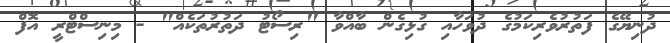
ދުނިޔޭގެ ފަތުރުވެރިކަމުގެ ދުވަހާއި ގުޅިގެން ބާއްވާ "ރިސޯޓު ދަތުރުތަކެއް" - މިނިސްޓްރީ އޮފް